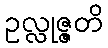
ဥလ္လုဇ္ဇတိ